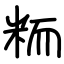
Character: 粫